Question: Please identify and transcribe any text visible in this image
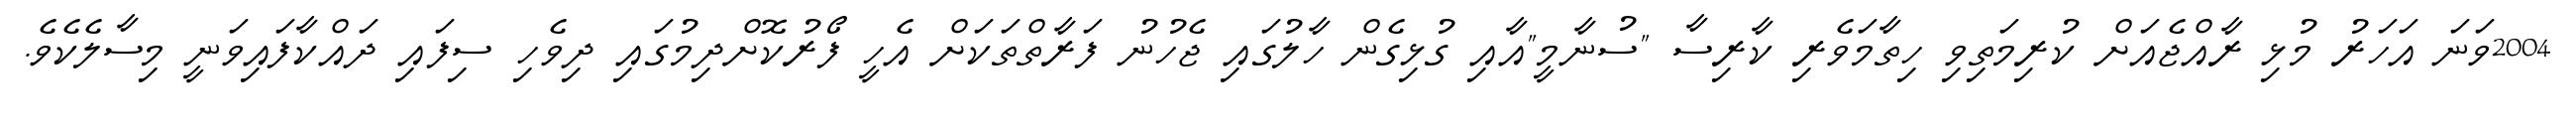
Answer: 2004ވަނަ އަހަރު މުޅި ރާއްޖެއަށް ކުރިމަތިވި ހިތާމަވެރި ކާރިސާ "ސުނާމީ"އާއި ގުޅިގެން ހާލުގައި ޖެހުނު ފަރާތްތަކަށް އެހީ ފޯރުކޮށްދިމުގައި ދިވެހި ސިފައި ދައްކާފައިވަނީ މިސާލެކެވެ.